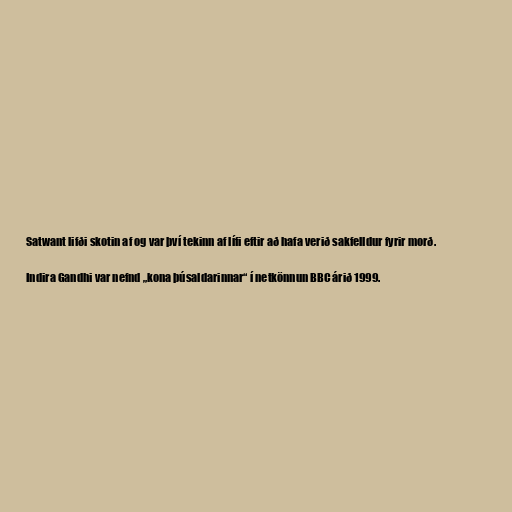
Satwant lifði skotin af og var því tekinn af lífi eftir að hafa verið sakfelldur fyrir morð.

Indira Gandhi var nefnd „kona þúsaldarinnar“ í netkönnun BBC árið 1999.